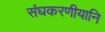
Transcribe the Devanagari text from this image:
संघकरणीयानि